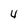
Character: y